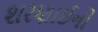
શરણાઈનો